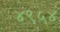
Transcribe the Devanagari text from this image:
४९५४